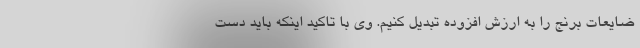
ضایعات برنج را به ارزش افزوده تبدیل کنیم. وی با تاکید اینکه باید دست